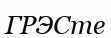
ГРЭСте